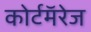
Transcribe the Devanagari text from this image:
कोर्टमॅरेज